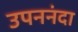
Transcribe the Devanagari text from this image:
उपननंदा